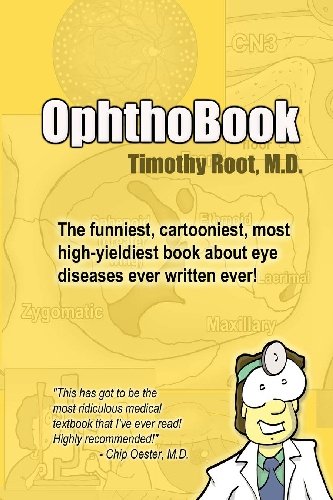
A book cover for OphthoBook; Dr Timothy Root; Health, Fitness & Dieting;